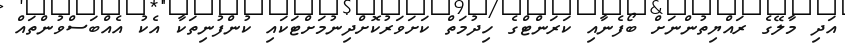
އަދި މާލޭގެ ރައްޔިތުންނަށް ބޯފެނާއި ކަރަންޓްގެ ހިދުމަތް ކަށަވަރުކޮށްދިނުމަށްޓަކައި ކުންފުނިތަކާ އެކު އެއްބަސްވުންތައް